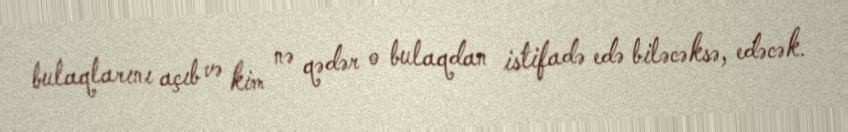
bulaqlarını açıb və kim nə qədər o bulaqdan istifadə edə biləcəksə, edəcək.